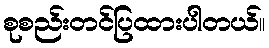
စုစည်းတင်ပြထားပါတယ်။